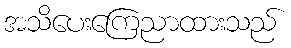
အသိပေးကြေညာထားသည်